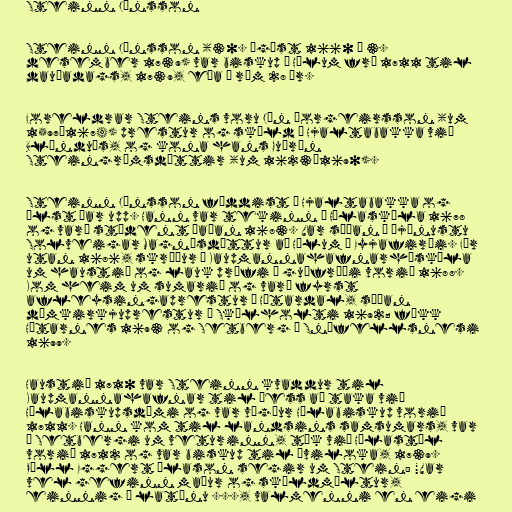
Steinn Jónsson

Steinn Jónsson (30. ágúst 1660 – 3.
desember 1739) var biskup á Hólum frá 1711 til
dauðadags, 1739, eða í rúm 28 ár.

Foreldrar Steins voru Jón Þorgeirsson (um
1597–1674) prestur og skáld á Hjaltabakka við
Blönduós, og kona hans Guðrún
Steingrímsdóttir (um 1623–1690).

Steinn Jónsson fæddist á Hjaltabakka og
ólst þar upp. Hann var tekinn í Hólaskóla 1678
og varð stúdent þaðan 1683. Var síðan í þjónustu
Solveigar Magnúsdóttur að Hólum í Eyjafirði. Fór
utan 1686, skráður í Kaupmannahafnarháskóla
um haustið og lauk prófi í guðfræði vorið 1688.
Kom heim um sumarið og varð fyrst
afleysingaprestur í Hítardal, síðan
dómkirkjuprestur í Skálholti 1692; fékk
Hítarnes 1693 og Setberg á Snæfellsnesi
1699.

Haustið 1710 var Steinn kvaddur til
Kaupmannahafnar til þess að taka við
Hólabiskupsdæmi og var vígður Hólabiskup vorið
1711. Hann kom til landsins samsumars, var
á Setbergi um veturinn, tók við Hólastól
vorið 1712 og var biskup til æviloka, 1739.
Páll Eggert Ólason segir um Stein: "Var
vel gefinn maður og skáldmæltur,
einnig á latínu ..., valmenni en eigi